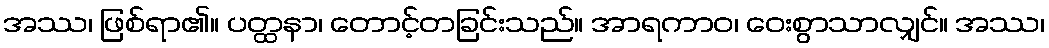
အဿ၊ ဖြစ်ရာ၏။ ပတ္ထနာ၊ တောင့်တခြင်းသည်။ အာရကာဝ၊ ဝေးစွာသာလျှင်။ အဿ၊